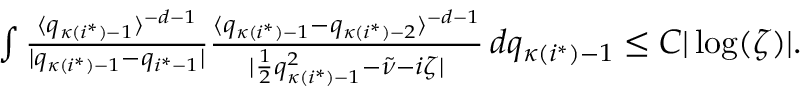
\begin{array} { r } { \int \frac { \langle q _ { \kappa ( i ^ { * } ) - 1 } \rangle ^ { - d - 1 } } { | q _ { \kappa ( i ^ { * } ) - 1 } - q _ { i ^ { * } - 1 } | } \frac { \langle q _ { \kappa ( i ^ { * } ) - 1 } - q _ { \kappa ( i ^ { * } ) - 2 } \rangle ^ { - d - 1 } } { | \frac { 1 } { 2 } q _ { \kappa ( i ^ { * } ) - 1 } ^ { 2 } - \tilde { \nu } - i \zeta | } \, d q _ { \kappa ( i ^ { * } ) - 1 } \leq C | \log ( \zeta ) | . } \end{array}